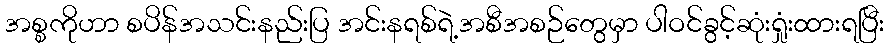
အစ္စကိုဟာ စပိန်အသင်းနည်းပြ အင်းနရစ်ရဲ့အစီအစဉ်တွေမှာ ပါဝင်ခွင့်ဆုံးရှုံးထားရပြီး